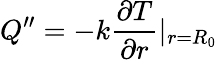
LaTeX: Q^{\prime\prime}=-k\frac{\partial T}{\partial r}|_{r=R_{0}}